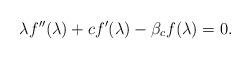
LaTeX: \begin{gather*}\lambda f''(\lambda)+c f'(\lambda)-\beta_c f(\lambda)=0.\end{gather*}